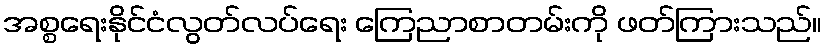
အစ္စရေးနိုင်ငံလွတ်လပ်ရေး ကြေညာစာတမ်းကို ဖတ်ကြားသည်။